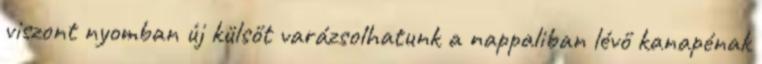
viszont nyomban új külsőt varázsolhatunk a nappaliban lévő kanapénak